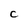
Character: C